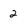
Character: 2